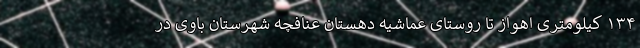
۱۳۴ کیلومتری اهواز تا روستای عماشیه دهستان عنافچه شهرستان باوی در